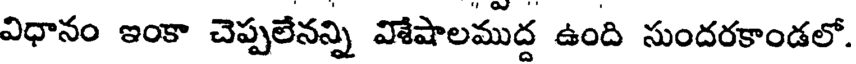
విధానం ఇంకా చెప్పలేనన్ని విశేషాలముద్ద ఉంది సుందరకాండలో.